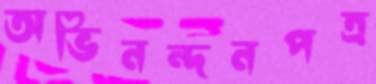
অভিনন্দনপত্র